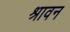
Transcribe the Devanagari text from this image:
श्रावन